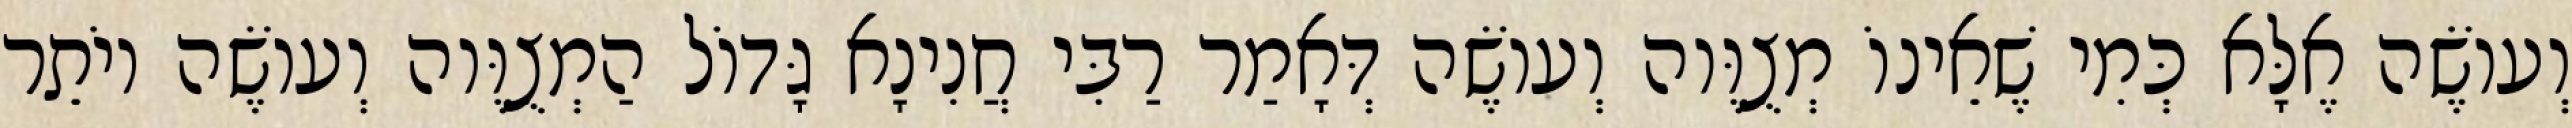
וְעוֹשֶׂה אֶלָּא כְּמִי שֶׁאֵינוֹ מְצֻוֶּוה וְעוֹשֶׂה דְּאָמַר רַבִּי חֲנִינָא גָּדוֹל הַמְצֻוֶּוה וְעוֹשֶׂה יוֹתֵר